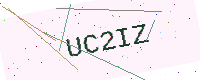
Text: UC2IZ